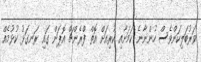
ވަރުބަލިކަންވެސް ހުންނާނެ ކަމަށާއި ކުރިއަށް އޮތް ފްރެންޗް އޮޕަން ގައި ރަނގަޅު ކުޅުމެއް